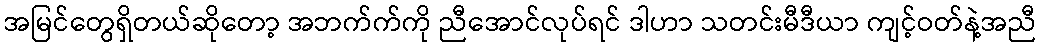
အမြင်တွေရှိတယ်ဆိုတော့ အဘက်က်ကို ညီအောင်လုပ်ရင် ဒါဟာ သတင်းမီဒီယာ ကျင့်ဝတ်နဲ့အညီ